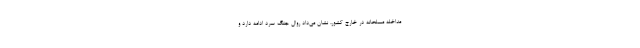
مداخله مسلحانه در خارج کشور، نشان می‌داد روال جنگ سرد ادامه دارد و